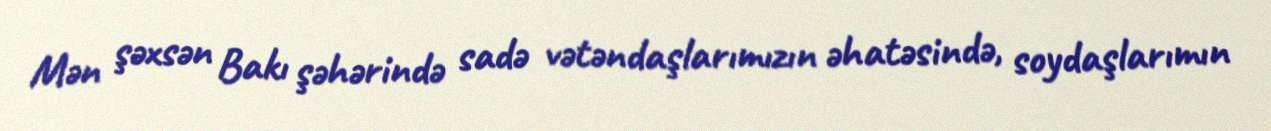
Mən şəxsən Bakı şəhərində sadə vətəndaşlarımızın əhatəsində, soydaşlarımın